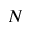
N